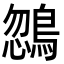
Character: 𪂒